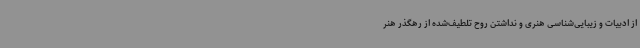
از ادبیات و زیبایی‌شناسی هنری و نداشتن روح تلطیف‌شده از رهگذر هنر